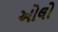
ઓલો